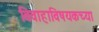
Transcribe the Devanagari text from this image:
विवाहाविषयकच्या